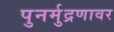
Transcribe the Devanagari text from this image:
पुनर्मुद्रणावर